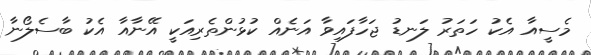
މެސީއާ އެކު ހަތަރު ލަނޑު ޖަހާފައިވާ އަނެއް ކުޅުންތެރިއަކީ އޭނާއާ އެކު ބާސެލޯނާ